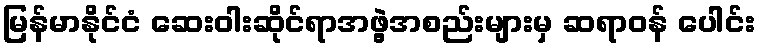
မြန်မာနိုင်ငံ ဆေးဝါးဆိုင်ရာအဖွဲ့အစည်းများမှ ဆရာဝန် ပေါင်း